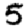
Digit: 5